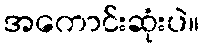
အကောင်းဆုံးပဲ။